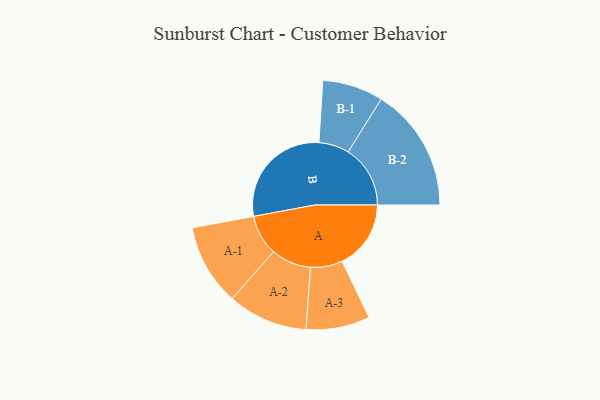
{"axis": {"x": "Segment", "y": "Value"}, "legend": ["", "A", "B"], "data": [{"x": "A", "y": 308, "type": ""}, {"x": "B", "y": 499, "type": ""}, {"x": "A-1", "y": 182, "type": "A"}, {"x": "A-2", "y": 179, "type": "A"}, {"x": "A-3", "y": 143, "type": "A"}, {"x": "B-1", "y": 136, "type": "B"}, {"x": "B-2", "y": 278, "type": "B"}]}